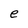
Character: e